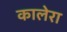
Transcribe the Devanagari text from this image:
कालेरा